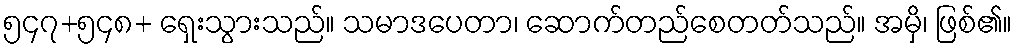
၅၄၇+၅၄၈+ ရှေးသွားသည်။ သမာဒပေတာ၊ ဆောက်တည်စေတတ်သည်။ အမှိ၊ ဖြစ်၏။